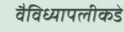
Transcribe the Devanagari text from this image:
वैविध्यापलीकडे